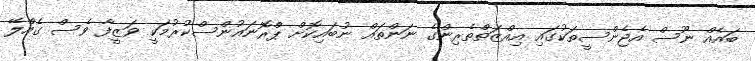
ބައެއް ނޫސް އެޖެންސީތަކުގައި އިއްޒަތްތެރިންގެ ނަންތައް ނުބައިކޮށް ޕްރޮނައުންސްކުރުމަކީ ވަޒީފާ ވެސް ގެއްލޭ